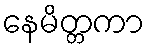
နေမိတ္တကာ